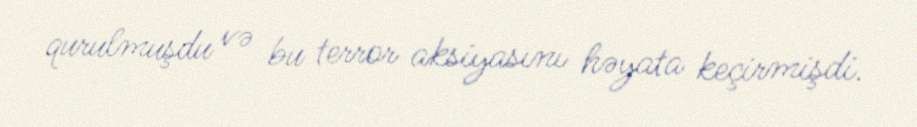
qurulmuşdu və bu terror aksiyasını həyata keçirmişdi.